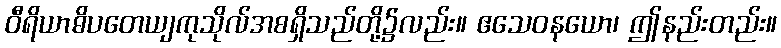
ဝီရိယာဓိပတေယျကုသိုလ်အစရှိသည်တို့၌လည်း။ ဧသေဝနယော၊ ဤနည်းတည်း။